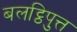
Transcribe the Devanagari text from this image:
बलट्ठिपुत्त